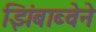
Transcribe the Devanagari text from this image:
झिंबाब्वेने